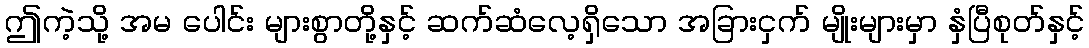
ဤကဲ့သို့ အမ ပေါင်း များစွာတို့နှင့် ဆက်ဆံလေ့ရှိသော အခြားငှက် မျိုးများမှာ နှံပြီစုတ်နှင့်